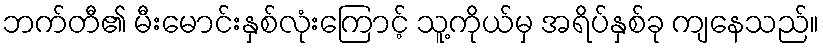
ဘက်တီ၏ မီးမောင်းနှစ်လုံးကြောင့် သူ့ကိုယ်မှ အရိပ်နှစ်ခု ကျနေသည်။